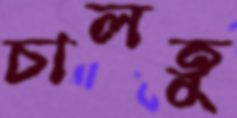
চালতু